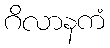
ဂိလာနကံ